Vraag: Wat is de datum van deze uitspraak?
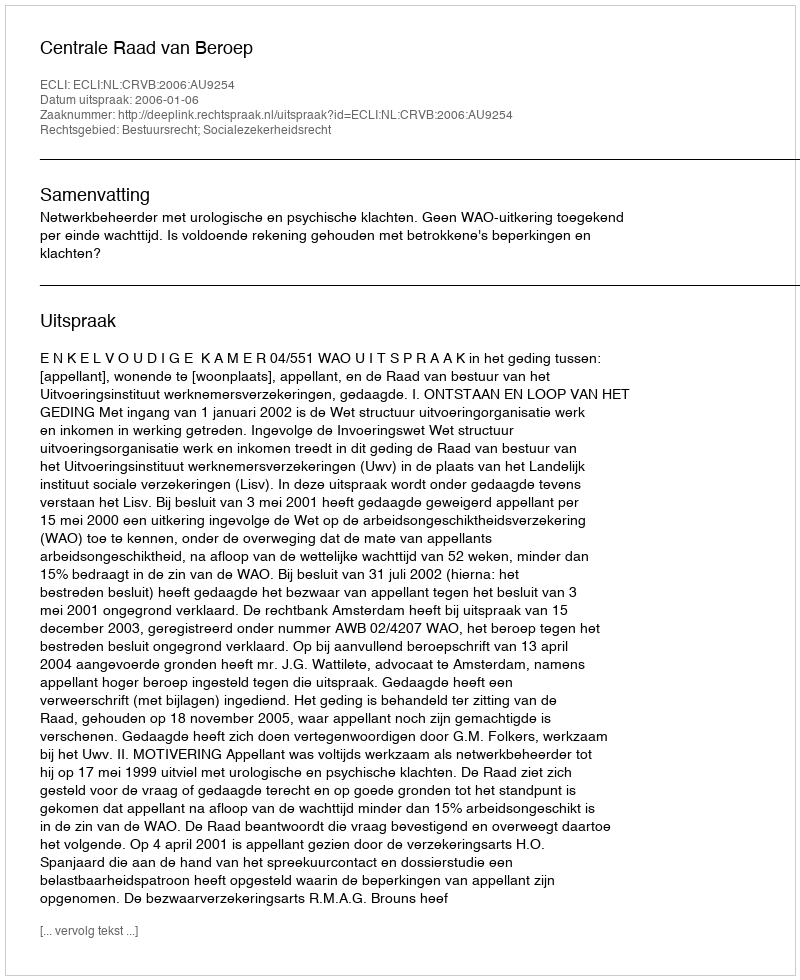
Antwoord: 2006-01-06